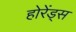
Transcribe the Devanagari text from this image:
होरेंड्स